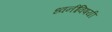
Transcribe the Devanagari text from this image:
ध्वनींविषयी